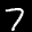
Label: 7